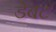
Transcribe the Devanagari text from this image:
डेबट